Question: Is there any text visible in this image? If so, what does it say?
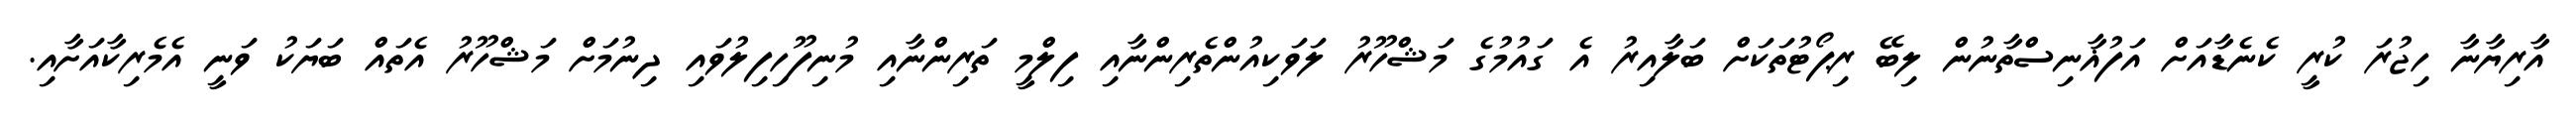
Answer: އާރިޔާނާ ހިޖުރަ ކުރީ ކެނެޑާއަށް އަފުޣާނިސްތާނުން ލިބޭ ރިޕޯޓުތަކަށް ބަލާއިރު އެ ގައުމުގެ މަޝްހޫރު ލަވަކިއުންތެރިންނާއި ފިލްމީ ތަރިންނާއި މުނިފޫހިފިލުވައި ދިނުމަށް މަޝްހޫރު އެތައް ބަޔަކު ވަނީ އެމެރިކާއަށާއި.